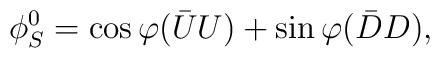
\phi^0_S=\cos\varphi {(\bar{U}U)}+\sin\varphi{(\bar{D}D)},